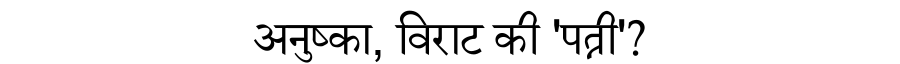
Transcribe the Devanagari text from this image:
अनुष्का, विराट की 'पत्नी'?